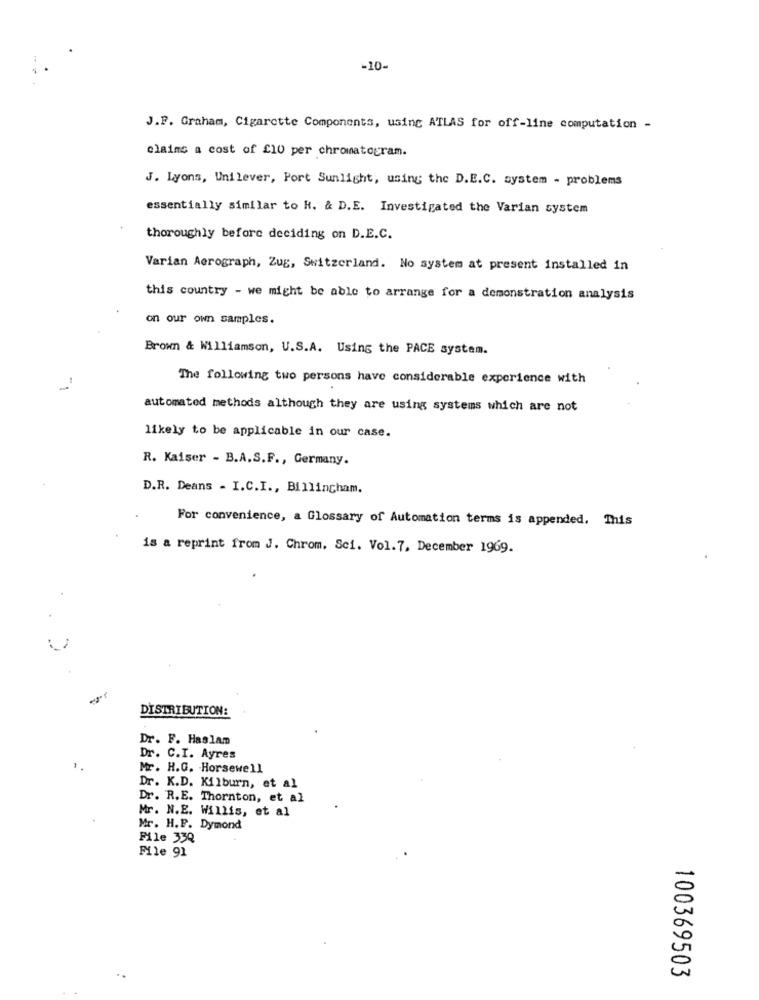
-10-
J.P. Graham, Cigarette Components, using ATLAS for off-line computation -
claims a cost of £10 per chromatogram.
J. Lyons, Unilever, Port Sunlight, using the D.E.C. system - problems
essentially similar to R. & D.E. Investigated the Varian system
thoroughly before deciding on D.E.C.
Varian Aerograph, Zug, Switzerland. No system at present installed in
this country - we might be able to arrange for a demonstration analysis
on our own samples.
Brown & Williamson, U.S.A. Using the PACE system.
The following two persons have considerable experience with
automated methods although they are using systems which are not
likely to be applicable in our case.
R. Kaiser - B.A.S.F ., Germany.
D.R. Deans - I.C.I ., Billingham.
For convenience, a Glossary of Automation terms is appended. This
is a reprint from J. Chrom. Sci. Vol.7. December 1969.
DISTRIBUTION:
Dr. F. Haslam
Dr. C.I. Ayres
Mr. H.G. Horsewell
Dr. K.D. Kilburn, et al
Dr. R.E. Thornton, et al
Mr. N.E. Willis, et al
Mr. H.P. Dymond
File 33Q
File 91
100369503